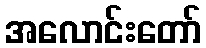
အလောင်းတော်